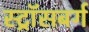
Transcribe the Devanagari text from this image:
स्ट्रॉसबर्ग